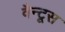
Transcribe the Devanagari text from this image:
वैन्टूस